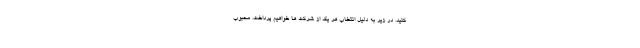
کنید. در زیر به دلیل انتخاب هر یک از شرکت ها خواهیم پرداخت. محبوب